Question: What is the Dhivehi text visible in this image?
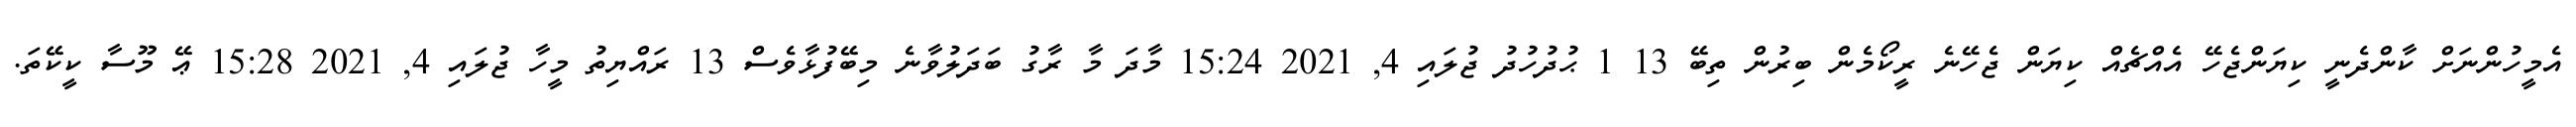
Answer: އެމީހުންނަށް ކާންދެނީ ކިޔަންޖެހޭ އެއްޗެއް ކިޔަން ޖެހޭނެ ރީކޯމެން ބިރުން ތިބޭ 13 1 ޙުދުހުދު ޖުލައި 4, 2021 15:24 މާދަ މާ ރާގު ބަދަލުވާނެ މިބޭފުޅާވެސް 13 ރައްޔިތު މީހާ ޖުލައި 4, 2021 15:28 ޢޭ މޫސާ ކީކޭތަ.